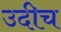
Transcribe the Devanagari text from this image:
उदीच